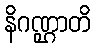
နိဂဏ္ဌာတိ